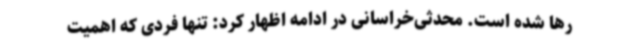
رها شده است. محدثی‌خراسانی در ادامه اظهار کرد: تنها فردی که اهمیت